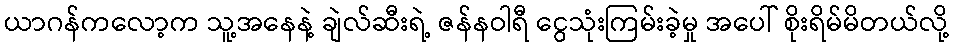
ယာဂန်ကလော့က သူ့အနေနဲ့ ချဲလ်ဆီးရဲ့ ဇန်နဝါရီ ငွေသုံးကြမ်းခဲ့မှု အပေါ် စိုးရိမ်မိတယ်လို့